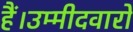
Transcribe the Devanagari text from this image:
हैं।उम्मीदवारों